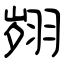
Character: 翙